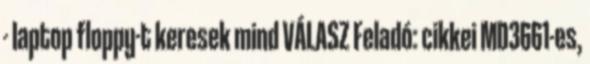
- laptop floppy-t keresek mind VÁLASZ Feladó: cikkei MD3661-es,